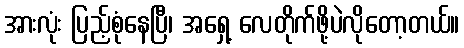
အားလုံး ပြည့်စုံနေပြီ၊ အရှေ့ လေတိုက်ဖို့ပဲလိုတော့တယ်။